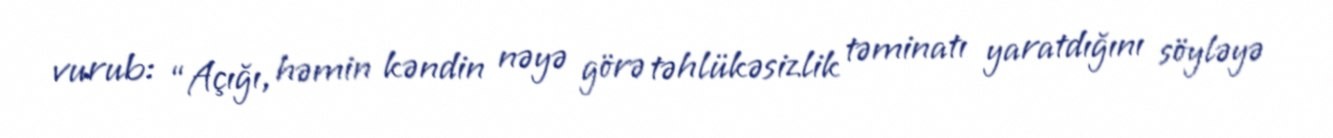
vurub: “Açığı, həmin kəndin nəyə görə təhlükəsizlik təminatı yaratdığını söyləyə